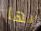
بها